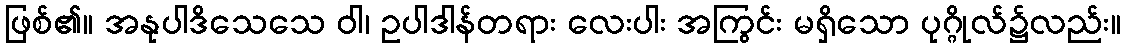
ဖြစ်၏။ အနုပါဒိသေသေ ဝါ၊ ဥပါဒါန်တရား လေးပါး အကြွင်း မရှိသော ပုဂ္ဂိုလ်၌လည်း။